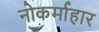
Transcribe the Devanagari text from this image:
नोकर्माहार